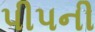
પીપની